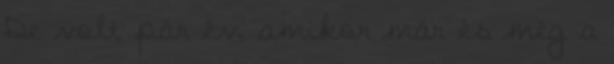
De volt pár év, amikor már és még a